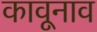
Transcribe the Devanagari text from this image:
कावूनाव